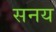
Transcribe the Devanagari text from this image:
सनय